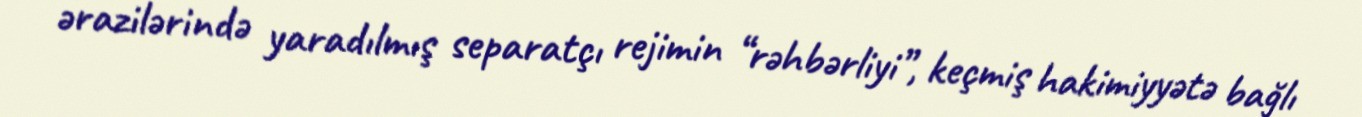
ərazilərində yaradılmış separatçı rejimin “rəhbərliyi”, keçmiş hakimiyyətə bağlı